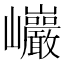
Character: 𰏂